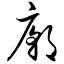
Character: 庙